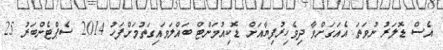
އެސް ޑޮލަރު ނުވަތަ އެއަގަށްވާ ދިވެހިރުފިޔާއަށް ޑޮކިއުމަންޓް ބައްލަވައިގަތުމަށްފަހު 2014 ސެޕްޓެންބަރު 25